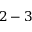
2 - 3